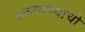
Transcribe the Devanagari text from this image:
उलटवण्याची